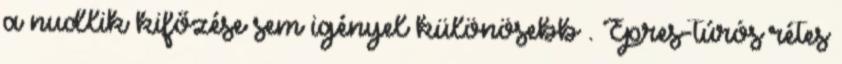
a nudlik kifőzése sem igényel különösebb . Epres-túrós rétes